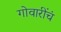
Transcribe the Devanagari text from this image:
गोवारींचं